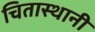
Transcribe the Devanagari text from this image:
चितास्थानी